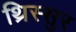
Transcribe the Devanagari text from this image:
थ्रिस्सुर